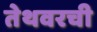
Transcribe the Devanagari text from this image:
तेथवरची